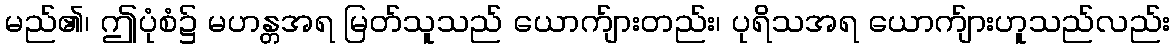
မည်၏၊ ဤပုံစံ၌ မဟန္တအရ မြတ်သူသည် ယောက်ျားတည်း၊ ပုရိသအရ ယောက်ျားဟူသည်လည်း